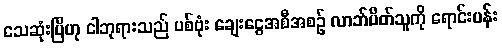
သေဆုံးပြီဟု ငါဘုရားသည် ပစ်ဗုံး ချေးငွေအစီအစဉ် လာဘ်ပိတ်သူကို ရောင်းပန်း